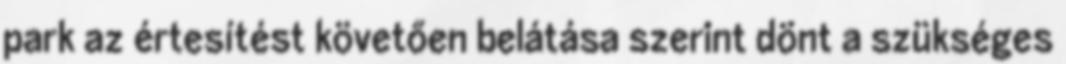
park az értesítést követően belátása szerint dönt a szükséges